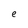
Character: e